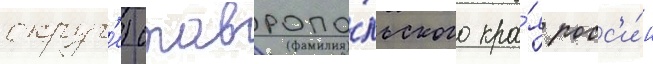
округ'е) ставропо́льского кра́я росс'и́и